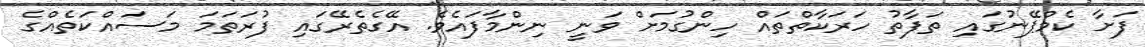
ފަށާ ކެމްޕޭނުގައި ތަފާތު ހަރަކާތްތައް ހިންގުމަށް ވަނީ ނިންމާފައެވެ. އޭގެތެރޭގައި ފުރަތަމަ މަސައްކަތެއްގެ